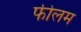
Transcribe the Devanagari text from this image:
फीलम